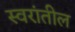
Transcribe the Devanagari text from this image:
स्वरांतील